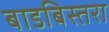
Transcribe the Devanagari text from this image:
बाडबिस्तरा